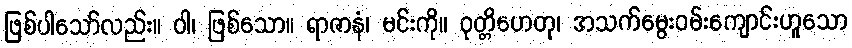
ဖြစ်ပါသော်လည်း။ ဝါ၊ ဖြစ်သော။ ရာဇာနံ၊ မင်းကို။ ဝုတ္တိဟေတု၊ အသက်မွေးဝမ်းကျောင်းဟူသော